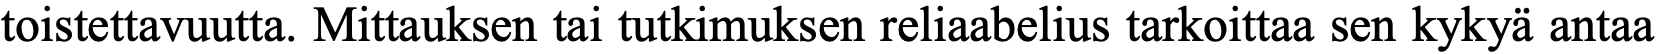
toistettavuutta. Mittauksen tai tutkimuksen reliaabelius tarkoittaa sen kykyä antaa